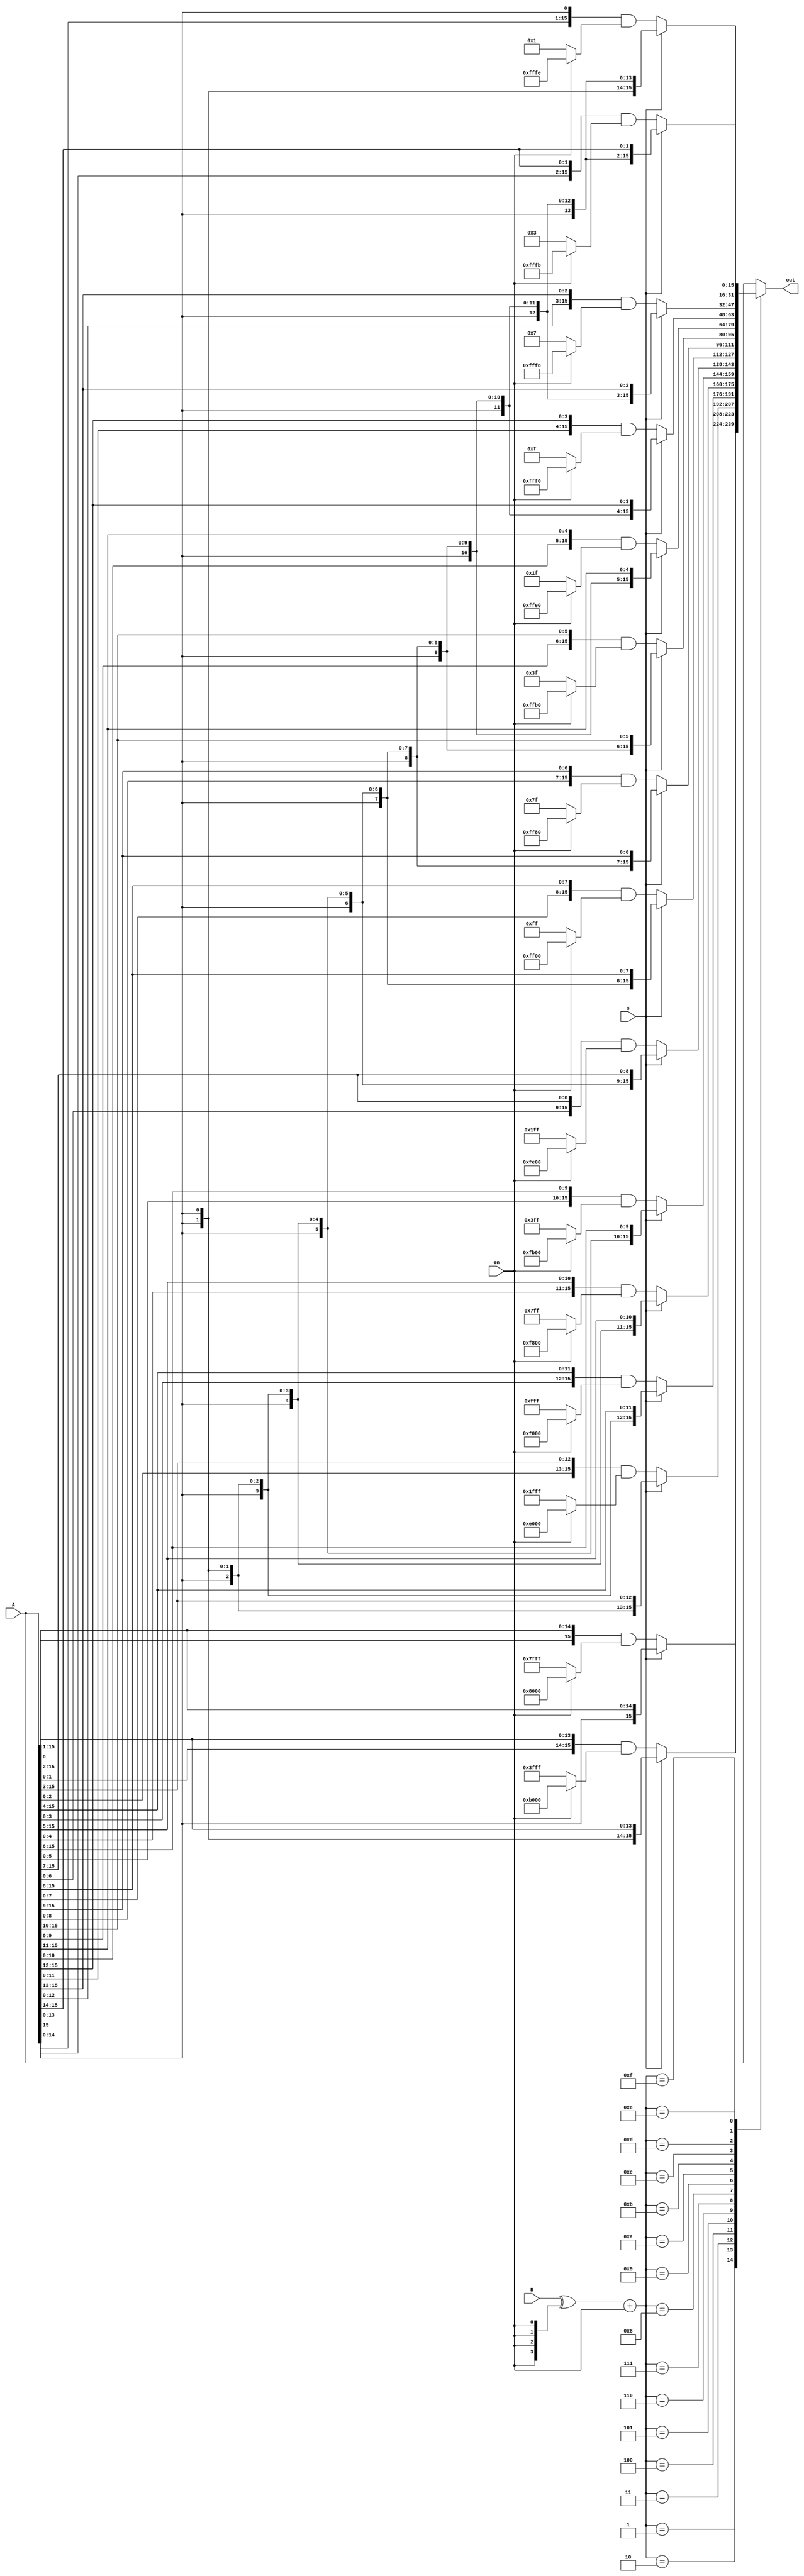
module Shifter16Bit(A,B,en,s,out);//Default Shift right...
input [15:0]A;
input [3:0]B;
input en,s;
wire [3:0]Bi;
assign Bi = (B^{4{en}})+{3'b000,en};
reg [15:0]C;
output [15:0]out;
always@(*)
begin
	case(Bi)
		4'b0001:	C = s?({A[15],A[15:1]}):({A[0],A[15:1]}&((en)?16'h8000:16'h7FFF));
		4'b0010: C = s?({{2{A[15]}},A[15:2]}):({A[1:0],A[15:2]}&((en)?16'hB000:16'h3FFF));
		4'b0011: C = s?({{3{A[15]}},A[15:3]}):({A[2:0],A[15:3]}&((en)?16'hE000:16'h1FFF));
		4'b0100: C = s?({{4{A[15]}},A[15:4]}):({A[3:0],A[15:4]}&((en)?16'hF000:16'h0FFF));
		4'b0101: C = s?({{5{A[15]}},A[15:5]}):({A[4:0],A[15:5]}&((en)?16'hF800:16'h07FF));
		4'b0110: C = s?({{6{A[15]}},A[15:6]}):({A[5:0],A[15:6]}&((en)?16'hFB00:16'h03FF));
		4'b0111: C = s?({{7{A[15]}},A[15:7]}):({A[6:0],A[15:7]}&((en)?16'hFE00:16'h01FF));
		4'b1000: C = s?({{8{A[15]}},A[15:8]}):({A[7:0],A[15:8]}&((en)?16'hFF00:16'h00FF));
		4'b1001: C = s?({{9{A[15]}},A[15:9]}):({A[8:0],A[15:9]}&((en)?16'hFF80:16'h007F));
		4'b1010: C = s?({{10{A[15]}},A[15:10]}):({A[9:0],A[15:10]}&((en)?16'hFFB0:16'h003F));
		4'b1011: C = s?({{11{A[15]}},A[15:11]}):({A[10:0],A[15:11]}&((en)?16'hFFE0:16'h001F));
		4'b1100: C = s?({{12{A[15]}},A[15:12]}):({A[11:0],A[15:12]}&((en)?16'hFFF0:16'h000F));
		4'b1101: C = s?({{13{A[15]}},A[15:13]}):({A[12:0],A[15:13]}&((en)?16'hFFF8:16'h0007));
		4'b1110: C = s?({{14{A[15]}},A[15:14]}):({A[13:0],A[15:14]}&((en)?16'hFFFB:16'h0003));
		4'b1111: C = s?({16{A[15]}}):({A[14:0],A[15]}&((en)?16'hFFFE:16'h0001));
		default: C = {A[15:0]};
	endcase
end
assign out = C;
endmodule